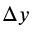
\Delta y